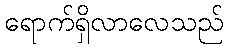
ရောက်ရှိလာလေသည်